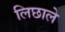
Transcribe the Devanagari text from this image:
लिछाले